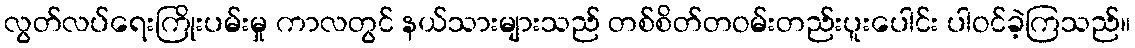
လွတ်လပ်ရေးကြိုးပမ်းမှု ကာလတွင် နယ်သားများသည် တစ်စိတ်တဝမ်းတည်းပူးပေါင်း ပါဝင်ခဲ့ကြသည်။